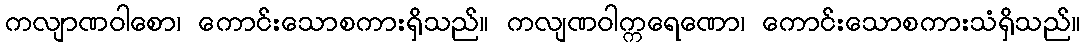
ကလျာဏဝါစော၊ ကောင်းသောစကားရှိသည်။ ကလျဏဝါက္ကရေဏော၊ ကောင်းသောစကားသံရှိသည်။